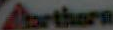
Arthern